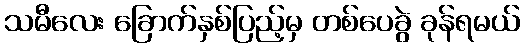
သမီလေး ခြောက်နှစ်ပြည့်မှ တစ်ပေခွဲ ခုန်ရမယ်